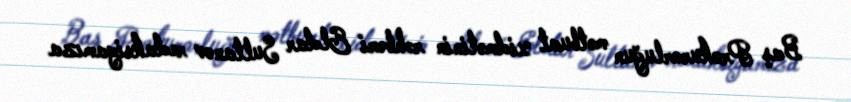
Baş Prokurorluğun mətbuat xidmətinin rəhbəri Eldar Sultanov redaksiyamıza